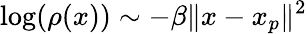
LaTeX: \log(\rho(x))\sim-\beta\| x-x_{p}\| ^{2}